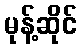
မုန့်ဆိုင်